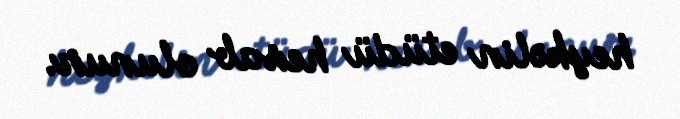
heykəlin etüdü hesab olunur.